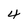
Character: 4